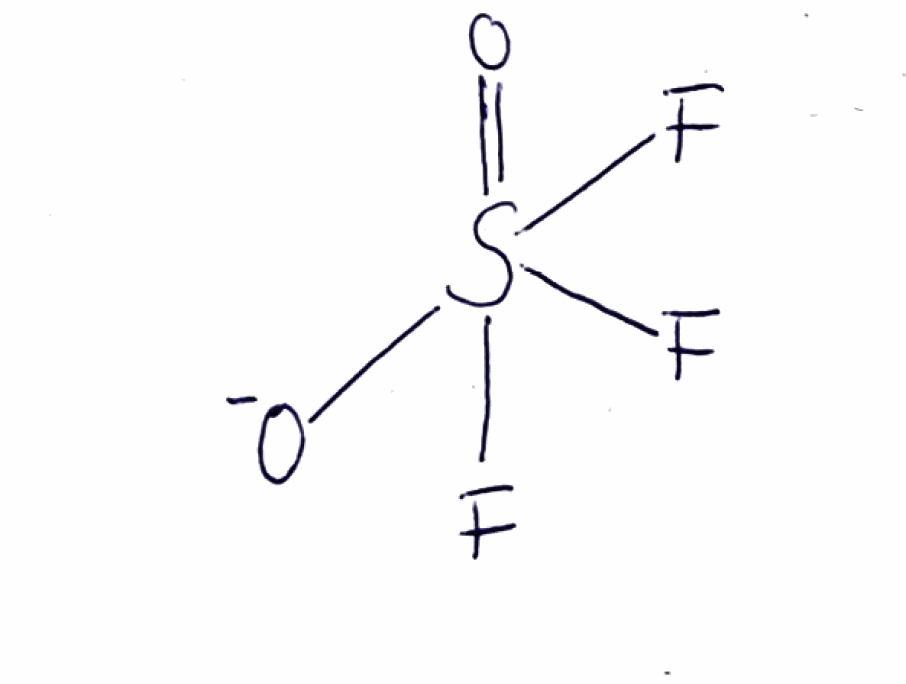
Simplified molecular-input line-entry system (SMILES) notation of the given molecule:
[O-]S(=O)(F)(F)F